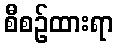
စီစဉ်ထားရာ